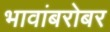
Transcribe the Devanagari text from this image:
भावांबरोबर